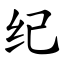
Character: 纪